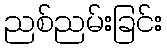
ညစ်ညမ်းခြင်း